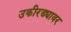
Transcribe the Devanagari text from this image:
उकीरड्यावर